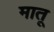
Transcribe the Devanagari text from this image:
मातू